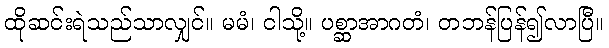
ထိုဆင်းရဲသည်သာလျှင်။ မမံ၊ ငါသို့။ ပစ္ဆာအာဂတံ၊ တဘန်ပြန်၍လာပြီ။